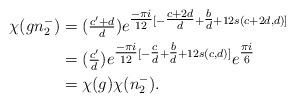
LaTeX: \begin{align*}\chi(gn_2^-)&= (\tfrac{c'+d}{d})e^{\tfrac{-\pi i}{12}[-\tfrac{ c+2d}{d}+\tfrac{b}{d}+12s(c+2d,d)]}\\&=(\tfrac{c'}{d})e^{\tfrac{-\pi i}{12}[-\tfrac{ c}{d}+\tfrac{b}{d}+12s(c,d)]}e^{\tfrac{\pi i}{6}}\\&=\chi(g)\chi(n_2^-). \end{align*}